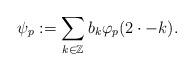
LaTeX: \begin{align*}\psi_{p} := \sum_{k \in \mathbb{Z}} b_{k} \varphi_{p}(2 \cdot - k).\end{align*}